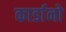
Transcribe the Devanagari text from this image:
कार्डानो